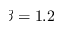
\beta = 1 . 2